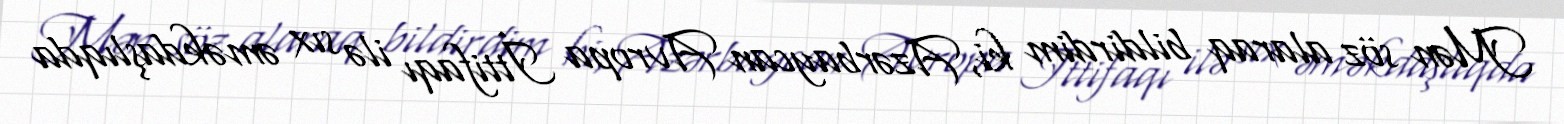
Mən söz alaraq bildirdim ki, Azərbaycan Avropa İttifaqı ilə sıx əməkdaşlıqda